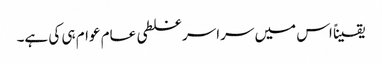
یقیناً اس میں سراسر غلطی عام عوام ہی کی ہے۔